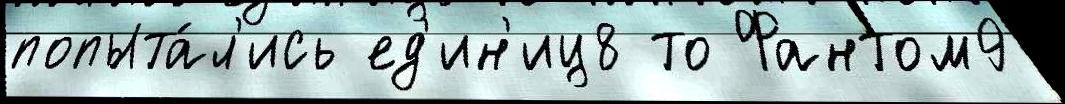
попыта́л'ись ед'ин'иц8 то Фантом9